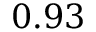
0 . 9 3